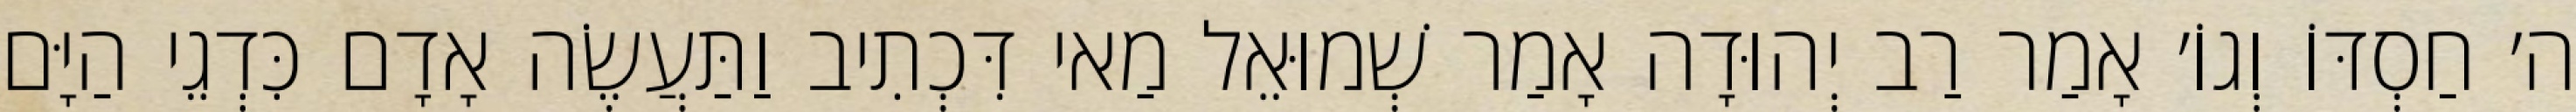
ה׳ חַסְדּוֹ וְגוֹ׳ אָמַר רַב יְהוּדָה אָמַר שְׁמוּאֵל מַאי דִּכְתִיב וַתַּעֲשֶׂה אָדָם כִּדְגֵי הַיָּם